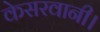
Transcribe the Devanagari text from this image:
केसरवानी।